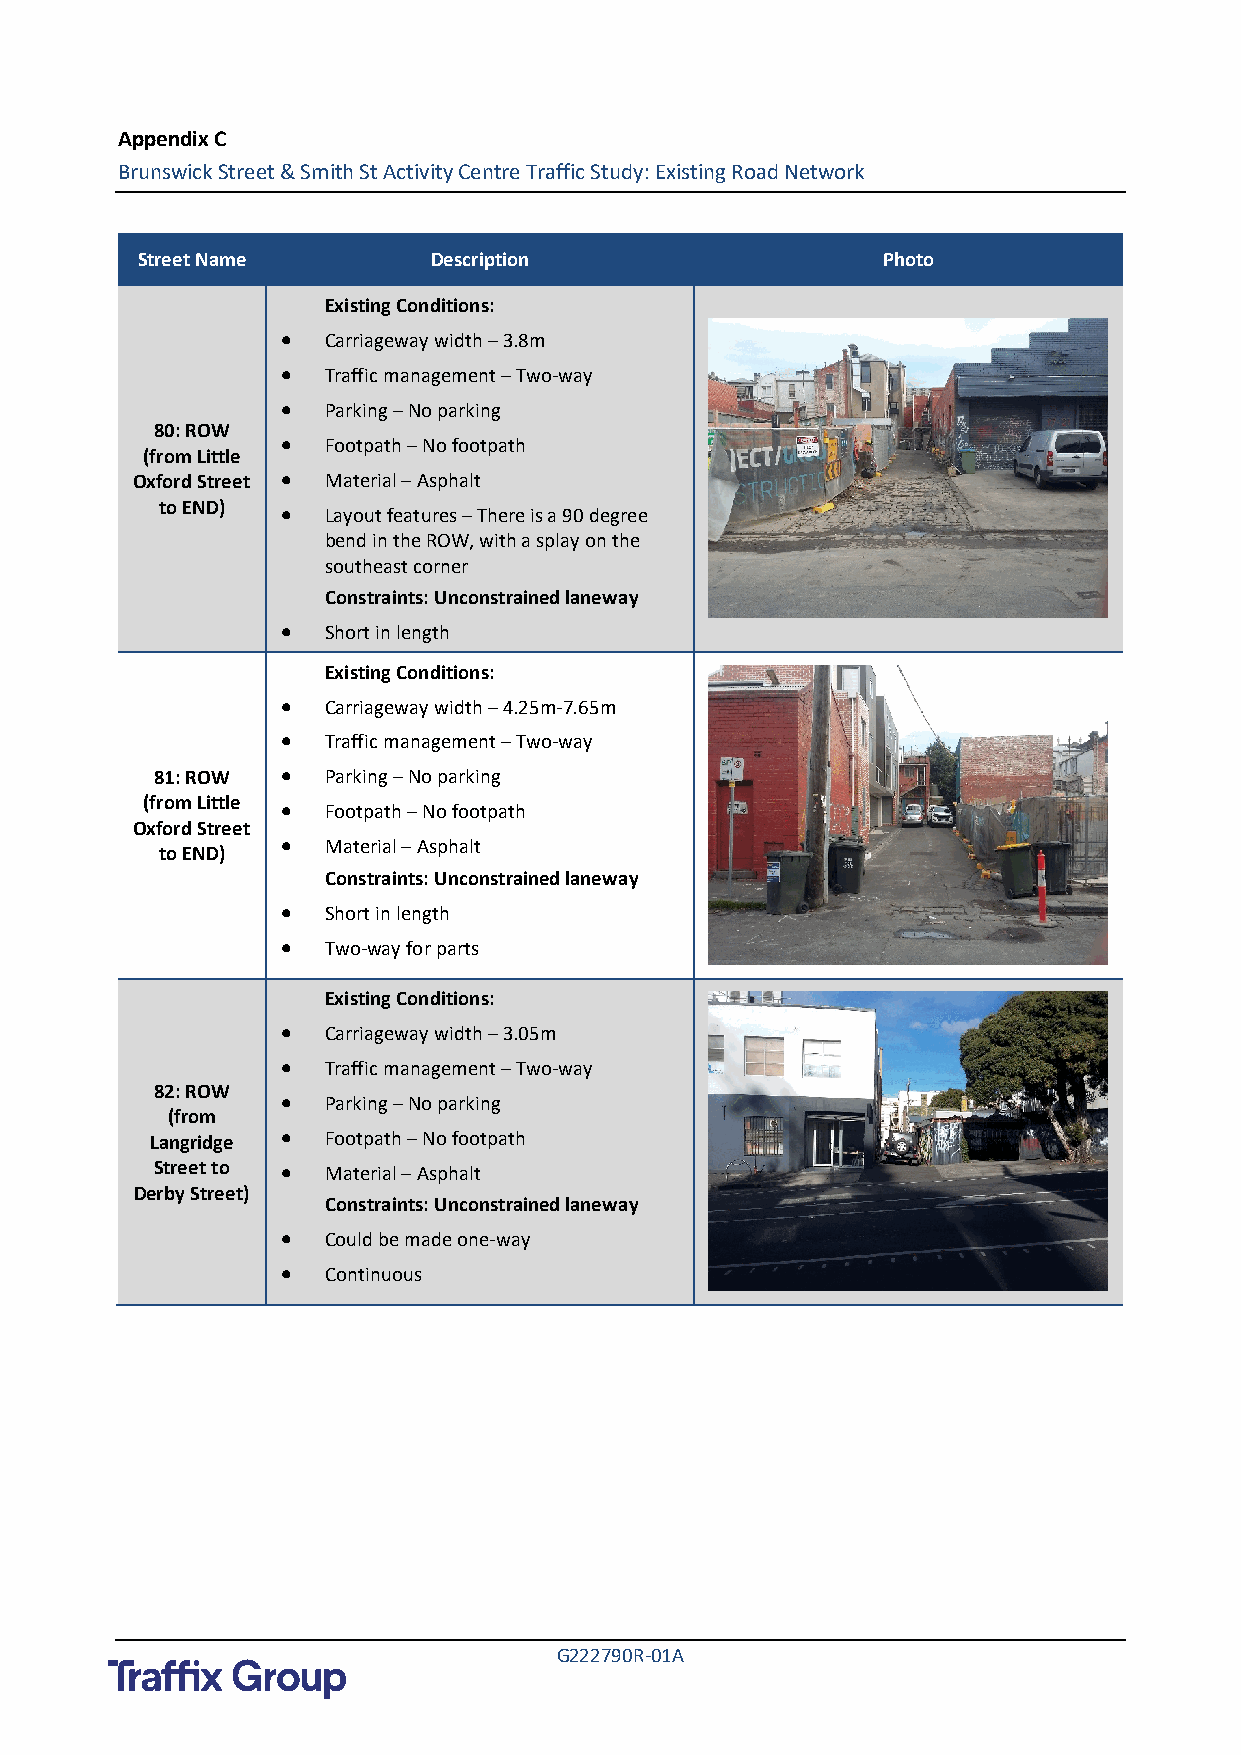
Appendix C
 Brunswick Street & Smith St Activity Centre Traffic Study: Existing Road Network
 Street Name        Description                   Photo
 Existing Conditions:
 •  Carriageway width – 3.8m
 •  Traffic management – Two-way
 •  Parking – No parking
 80: ROW
 •  Footpath – No footpath
 (from Little
 Oxford Street • Material – Asphalt
 to END)  •  Layout features – There is a 90 degree
 bend in the ROW, with a splay on the
 southeast corner
 Constraints: Unconstrained laneway
 •  Short in length
 Existing Conditions:
 •  Carriageway width – 4.25m-7.65m
 •  Traffic management – Two-way
 81: ROW  •  Parking – No parking
 (from Little • Footpath – No footpath
 Oxford Street
 •  Material – Asphalt
 to END)
 Constraints: Unconstrained laneway
 •  Short in length
 •  Two-way for parts
 Existing Conditions:
 •  Carriageway width – 3.05m
 •  Traffic management – Two-way
 82: ROW
 •  Parking – No parking
 (from
 Langridge • Footpath – No footpath
 Street to • Material – Asphalt
 Derby Street)
 Constraints: Unconstrained laneway
 •  Could be made one-way
 •  Continuous
 G222790R-01A